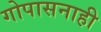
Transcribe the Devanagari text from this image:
गोपासनाही